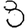
Digit: 8